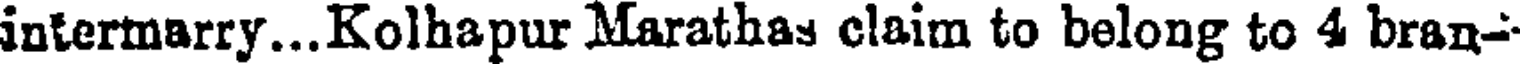
intermarry...Kolhapur Marathas claim to belong to 4 bran-